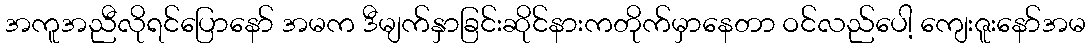
အကူအညီလိုရင်ပြောနော် အမက ဒီမျက်နှာခြင်းဆိုင်နားကတိုက်မှာနေတာ ဝင်လည်ပေါ့ ကျေးဇူးနော်အမ